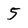
Character: 5